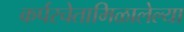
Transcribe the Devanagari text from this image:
कर्परचेतामिळालेल्या